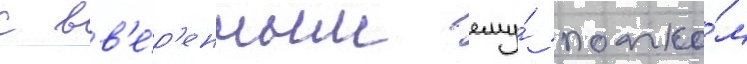
с вв'е́р'енным ему́ полко́м